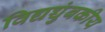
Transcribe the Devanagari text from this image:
विद्यच्चुंबकीय